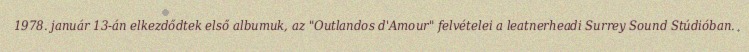
1978. január 13-án elkezdődtek első albumuk, az "Outlandos d'Amour" felvételei a leatnerheadi Surrey Sound Stúdióban.